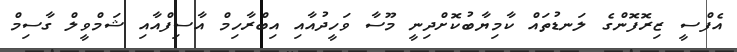
އެފްސީ ޒިރޮފޮންގެ ލަނޑުތައް ކާމިޔާބުކޮށްދިނީ މޫސާ ވަހީދުއާއި އިބްރާހިމް އާސިފްއާއި ޝަމްވީލް ގާސިމް